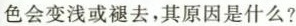
色会变浅或褪去，其原因是什么?